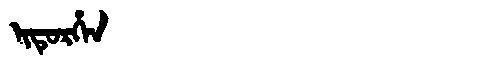
Manchu: ᡳᡨᡠᡵᡥᡝᠨ
Romanization: ITURHEN